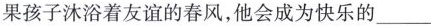
果孩子沐浴着友谊的春风，他会成为快乐的___